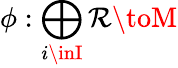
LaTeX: \phi:\bigoplus_{i\inI}\mathcal{R}\toM